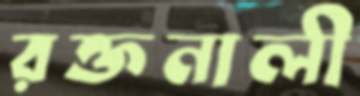
রক্তনালী